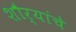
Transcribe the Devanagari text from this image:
शौर्यांचे